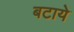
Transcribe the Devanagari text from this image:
बटाये